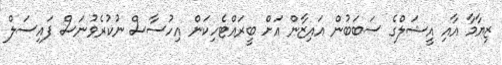
ޒިޔާމާ އާއި އީޝަލްގެ ސަބަބުން އައިޒާން އަށް ބީރައްޓެހިކަން އިހުސާސް ނުކުރެވުނަސް ފައިސަލް